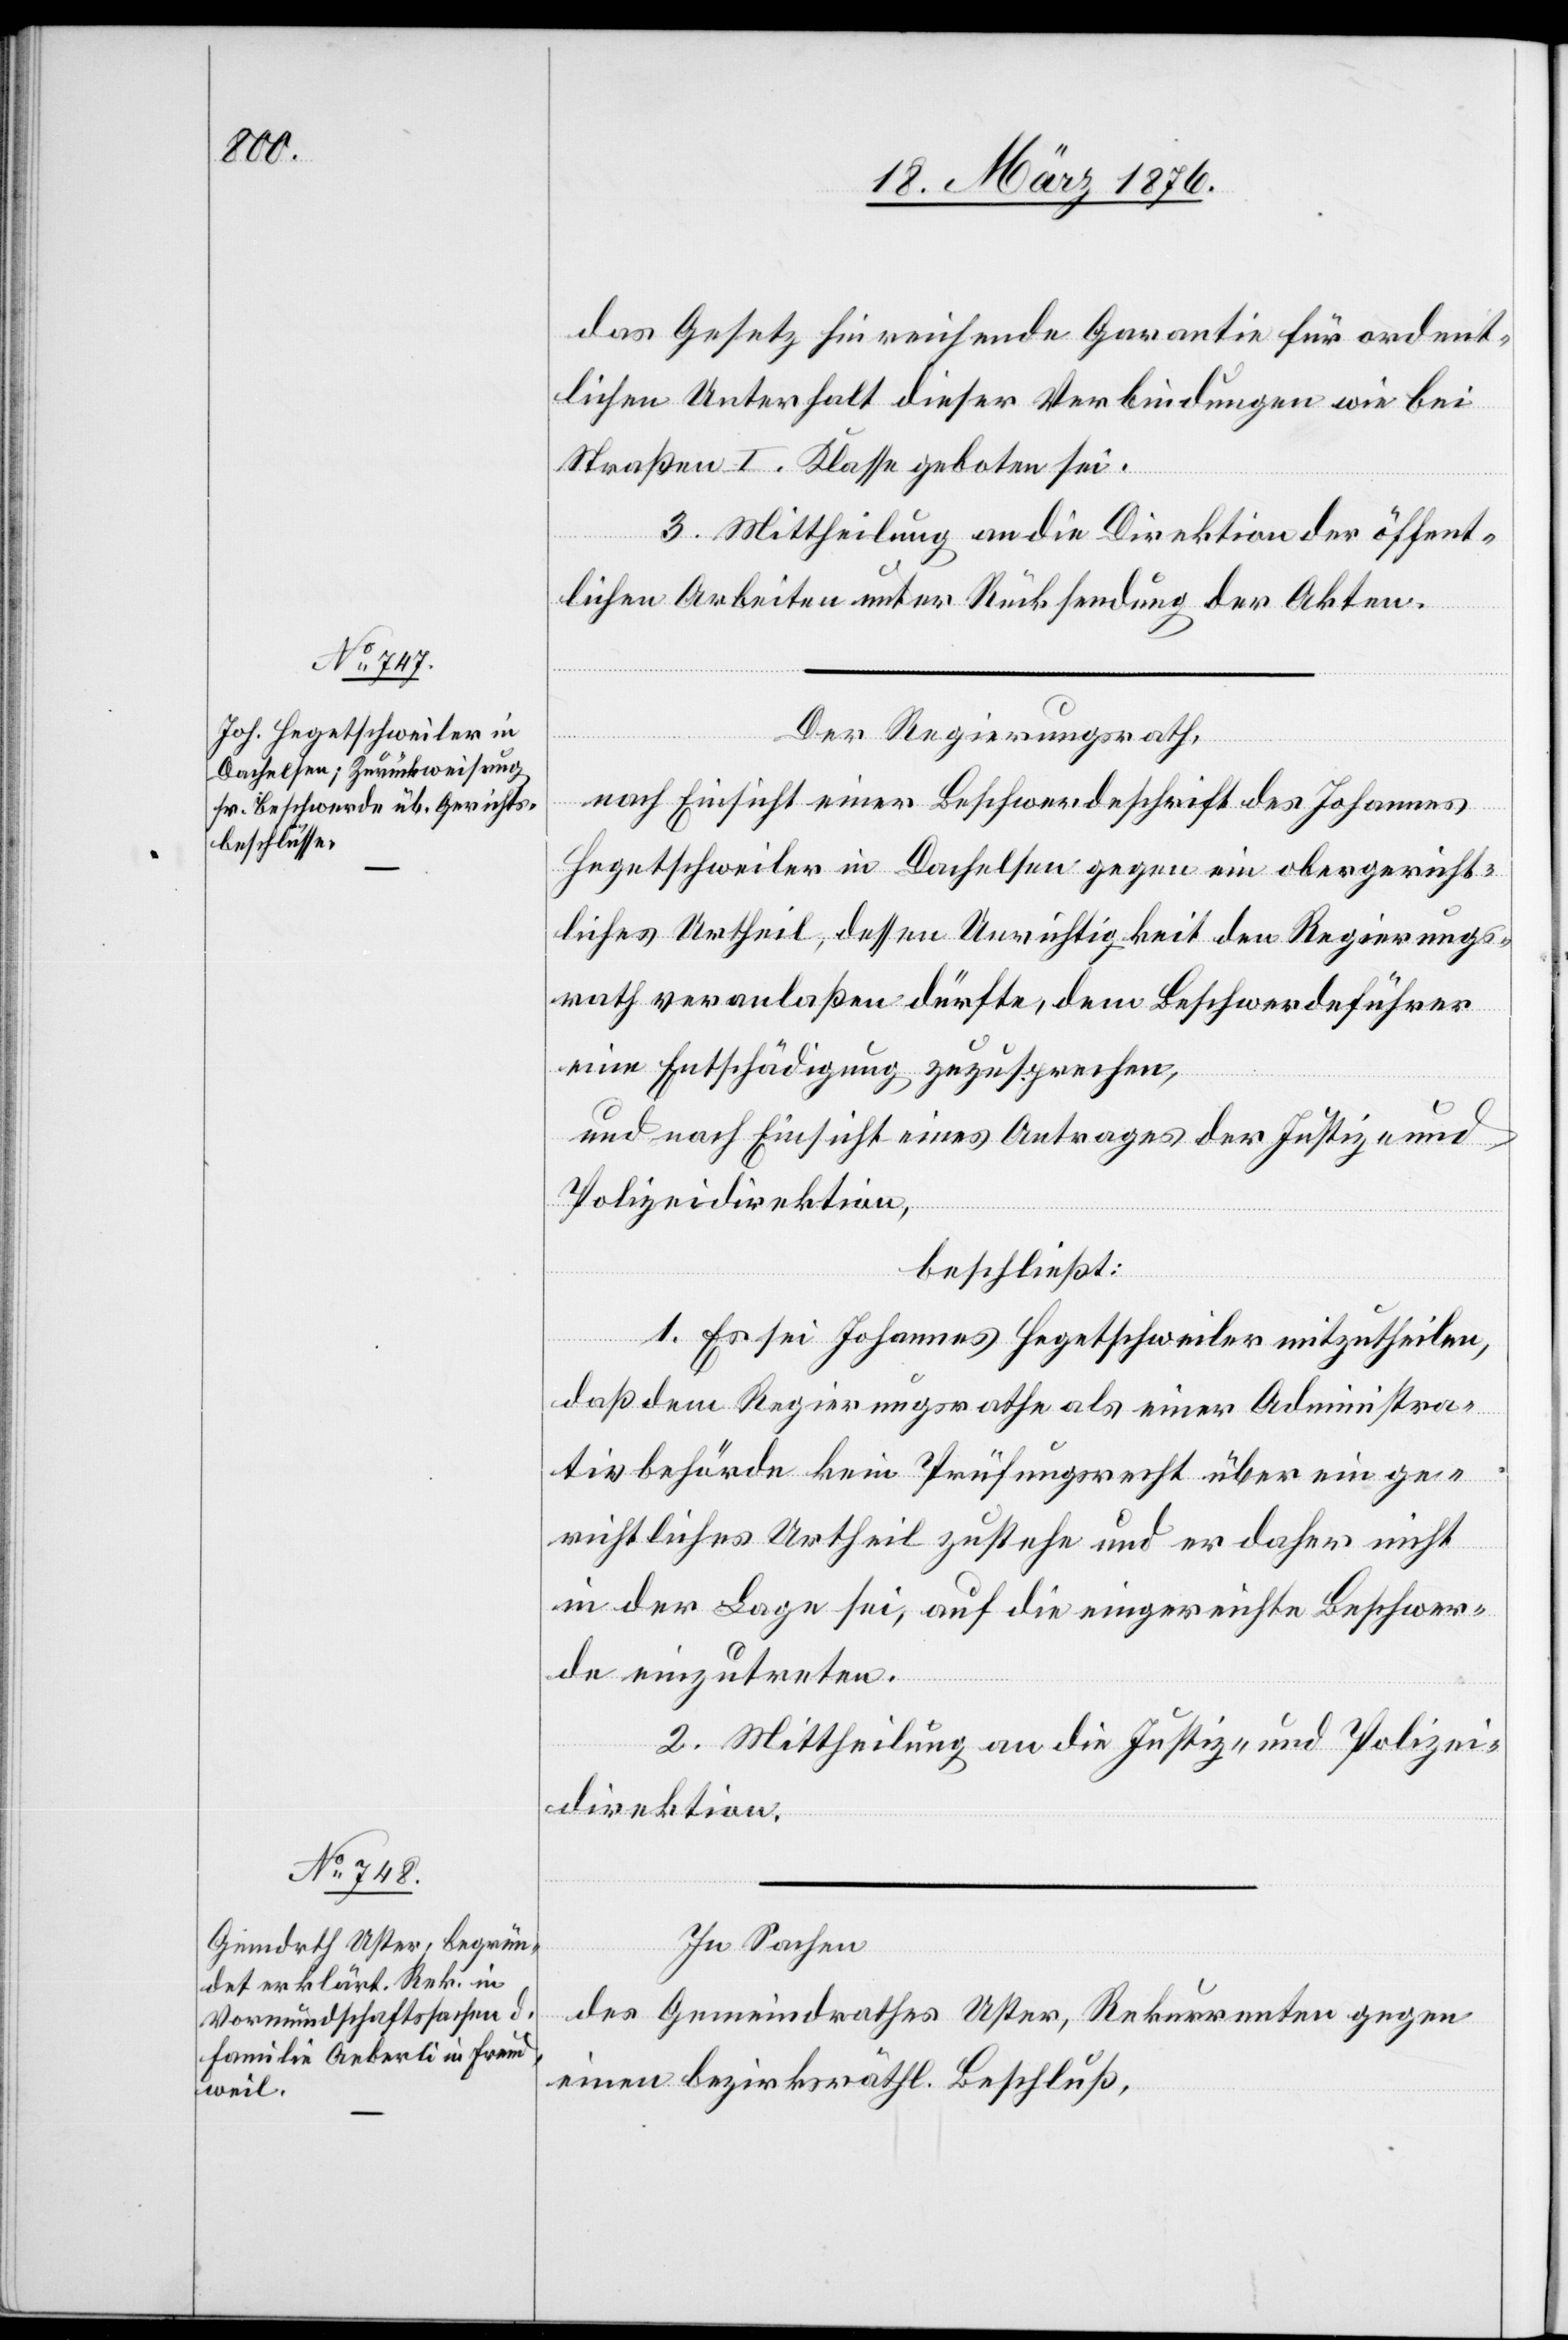
das Gesetz hinreichende Garantie für ordent¬
lichen Unterhalt diese Verbindungen wie bei
Straßen I. Klasse geboten sei.
3. Mittheilung an die Direktion der öffent¬
lichen Arbeiten unter Rückstellung der Akten.
Der Regierungsrath,
nach Einsicht einer Beschwerdeschrift des Johannes
Hegetschweiler in Dachelsen gegen ein obergericht¬
liches Urtheil, dessen Unrichtigkeit den Regierungs¬
rath veranlaßen dürfte, dem Beschwerdeführer
eine Entschädigung zuzusprechen,
und nach Einsicht eines Antrages der Justiz- und
Polizeidirektion,
beschließt:
1. Es sei Johannes Hegetschweiler mitzutheilen,
daß dem Regierungsrathe als einer Administra¬
tivbehörde kein Prüfungsrecht über ein ge¬
richtliches Urtheil zustehe und er daher nicht
in der Lage sei, auf die eingereichte Beschwer¬
de einzutreten.
2. Mittheilung an die Justiz- und Polizei¬
direktion.
In Sachen
des Gemeindrathes Uster, Rekurrenten gegen
einen bezirksräth. Beschluß,